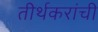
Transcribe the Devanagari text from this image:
तीर्थकरांची